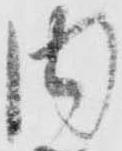
内